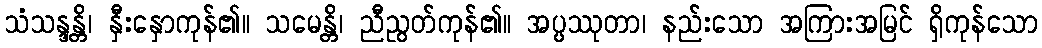
သံသန္ဒန္တိ၊ နှီးနှောကုန်၏။ သမေန္တိ၊ ညီညွတ်ကုန်၏။ အပ္ပဿုတာ၊ နည်းသော အကြားအမြင် ရှိကုန်သော